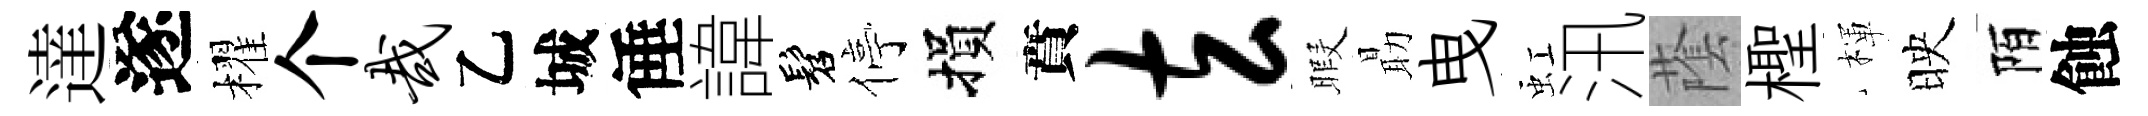
達遂櫂个哉乙城倕諱髫停損賁玄暇朂曳虹汛䕃檉楎映陌蝕